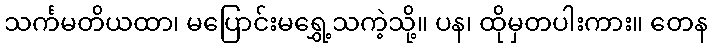
သင်္ကမတိယထာ၊ မပြောင်းမရွှေ့သကဲ့သို့။ ပန၊ ထိုမှတပါးကား။ တေန